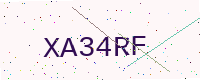
Text: XA34RF